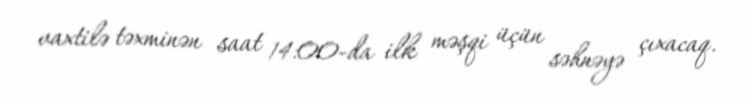
vaxtilə təxminən saat 14:00-da ilk məşqi üçün səhnəyə çıxacaq.